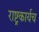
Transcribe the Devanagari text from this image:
राष्ट्रकार्यच